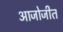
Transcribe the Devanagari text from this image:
आजोजीत